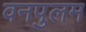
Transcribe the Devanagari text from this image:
वनपुलम